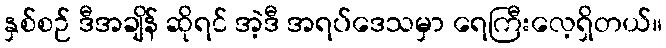
နှစ်စဉ် ဒီအချိန် ဆိုရင် အဲ့ဒီ အရပ်ဒေသမှာ ရေကြီးလေ့ရှိတယ်။